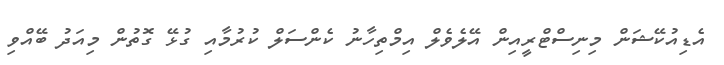
އެޑިއުކޭޝަން މިނިސްޓްރީއިން އޭލެވެލް އިމްތިހާނު ކެންސަލް ކުރުމާއި ގުޅޭ ގޮތުން މިއަދު ބޭއްވި